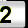
Digit: 2